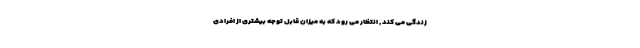
زندگی می کند , انتظار می رود که به میزان قابل توجه بیشتری از افرادی